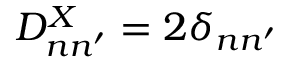
D _ { n n ^ { \prime } } ^ { X } = 2 \delta _ { n n ^ { \prime } }